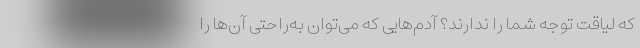
که لیاقت توجه شما را ندارند؟ آدم‌هایی که می‌توان به‌راحتی آن‌ها را